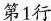
第1行